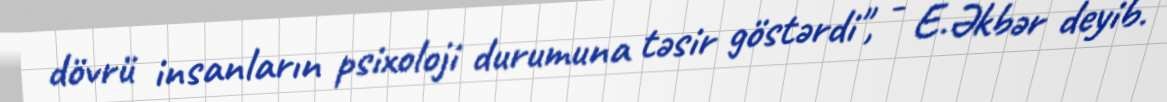
dövrü insanların psixoloji durumuna təsir göstərdi", - E.Əkbər deyib.